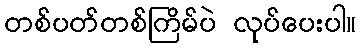
တစ်ပတ်တစ်ကြိမ်ပဲ လုပ်ပေးပါ။